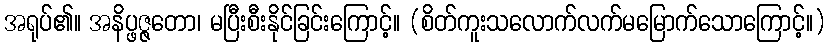
အရုပ်၏။ အနိပ္ဖဇ္ဇတော၊ မပြီးစီးနိုင်ခြင်းကြောင့်။ (စိတ်ကူးသလောက်လက်မမြောက်သောကြောင့်။)